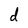
Character: d